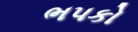
ભપકો